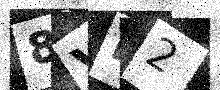
Text: 8VP2